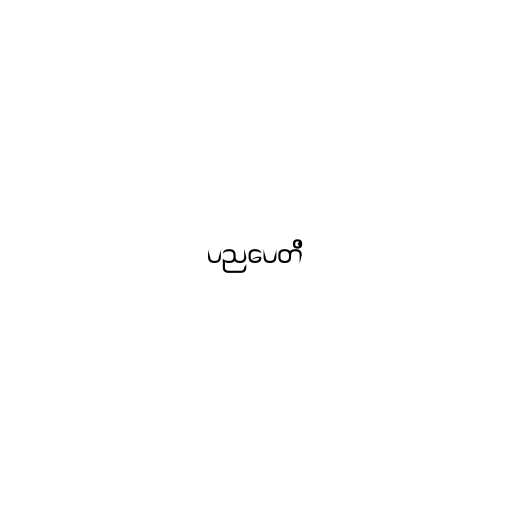
ပညပေတိ